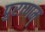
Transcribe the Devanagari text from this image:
पुराणम्‌